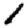
Digit: 1